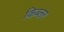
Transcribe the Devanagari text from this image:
किब्लर